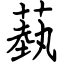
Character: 蓺